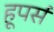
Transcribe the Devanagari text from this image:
हूपर्स